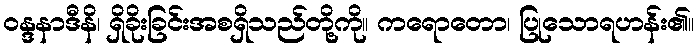
ဝန္ဒနာဒီနိ၊ ရှိခိုးခြင်းအစရှိသည်တို့ကို။ ကရောတော၊ ပြုသောရဟန်း၏။